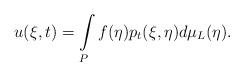
LaTeX: \begin{align*} u(\xi,t)=\int\limits_{P}f(\eta)p_t(\xi,\eta)d\mu_{L}(\eta).\end{align*}